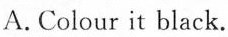
A.Colour it black.